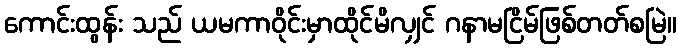
ကောင်းထွန်း သည် ယမကာဝိုင်းမှာထိုင်မိလျှင် ဂနာမငြိမ်ဖြစ်တတ်စမြဲ။